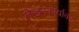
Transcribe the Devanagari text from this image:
लेखनकार्यावर